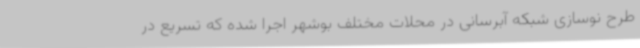
طرح نوسازی شبکه آبرسانی در محلات مختلف بوشهر اجرا شده که تسریع در